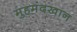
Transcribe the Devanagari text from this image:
मुहमंदखान